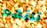
تلتهم